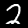
Label: 2